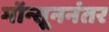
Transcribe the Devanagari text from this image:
मॉन्सूननंतर